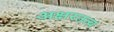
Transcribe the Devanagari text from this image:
अक्षरतत्व